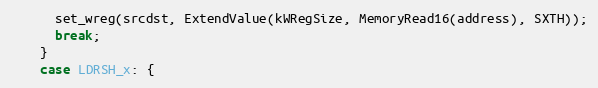
Language: C++
      set_wreg(srcdst, ExtendValue(kWRegSize, MemoryRead16(address), SXTH));
      break;
    }
    case LDRSH_x: {